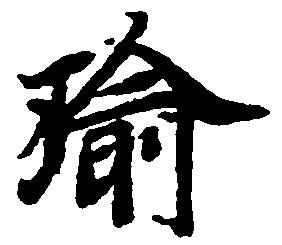
瑜